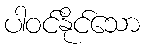
ပါဝင်နိုင်သော